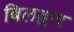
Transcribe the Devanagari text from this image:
बिलद्वार